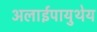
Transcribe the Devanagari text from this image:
अलाईपायुथेय